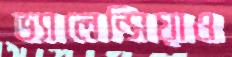
ভ্যালেন্সিয়াও